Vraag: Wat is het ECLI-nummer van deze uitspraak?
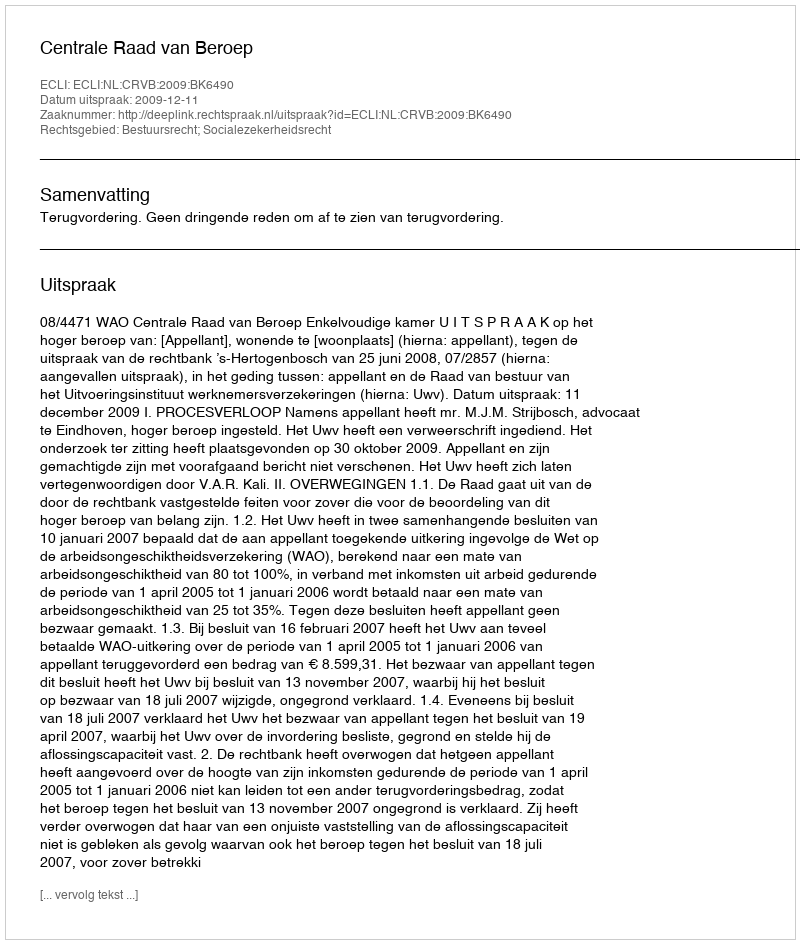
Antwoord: ECLI:NL:CRVB:2009:BK6490